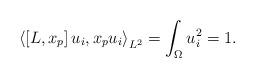
LaTeX: \begin{align*}{\left\langle {\left[{L,{x_p}} \right]{u_i},{x_p}{u_i}} \right\rangle _{{L^2}}} =\int_\Omega {u_i^2} = 1.\end{align*}